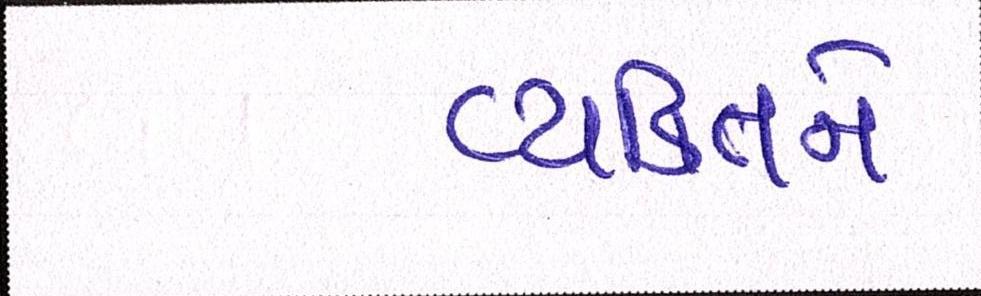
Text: વ્યકિતને